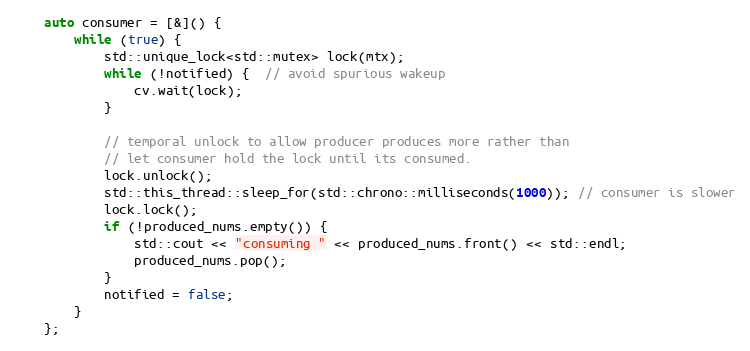
Language: C++
    auto consumer = [&]() {
        while (true) {
            std::unique_lock<std::mutex> lock(mtx);
            while (!notified) {  // avoid spurious wakeup
                cv.wait(lock);
            }

            // temporal unlock to allow producer produces more rather than
            // let consumer hold the lock until its consumed.
            lock.unlock();
            std::this_thread::sleep_for(std::chrono::milliseconds(1000)); // consumer is slower
            lock.lock();
            if (!produced_nums.empty()) {
                std::cout << "consuming " << produced_nums.front() << std::endl;
                produced_nums.pop();
            }
            notified = false;
        }
    };